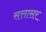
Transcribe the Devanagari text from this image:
सत्तासर